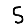
Digit: 5